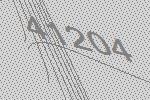
41204